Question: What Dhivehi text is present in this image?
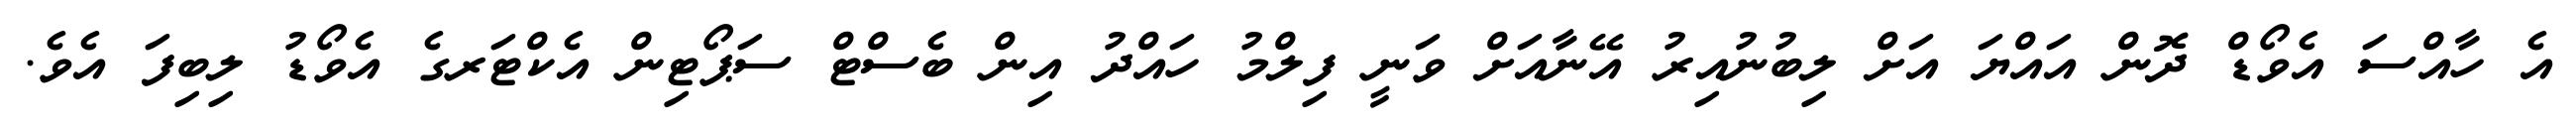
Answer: އެ ހާއްސަ އެވޯޑް ދޮން އައްޔަ އަށް ލިބުނުއިރު އޭނާއަށް ވަނީ ފިލްމު ހައްދު އިން ބެސްޓް ސަޕޯޓިން އެކްޓަރގެ އެވޯޑު ލިބިފަ އެވެ.